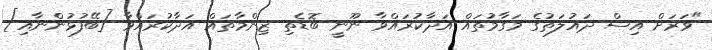
"ވަރަށް އިސް ދައުލަތުގެ މަގާމުތައް އަދާކުރައްވާ ނޫނީ ބޮޑެތި ޒިންމާތައް އަދާކުރައްވާ [ބޭފުޅުންނާއި]